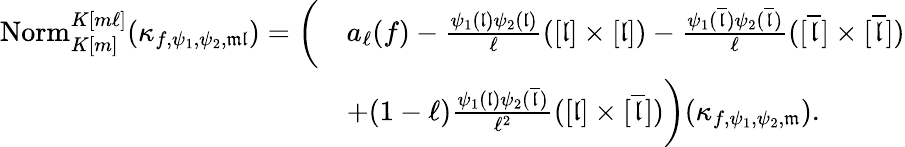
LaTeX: \begin{array}{rl}{\mathrm{Norm}_{K[m]}^{K[m\ell]}({\kappa}_{f,\psi_{1},\psi_{2},\mathfrak{m}\mathfrak{l}})=\bigg(}&{a_{\ell}(f)-\frac{\psi_{1}(\mathfrak{l})\psi_{2}(\mathfrak{l})}{\ell}([\mathfrak{l}]\times[\mathfrak{l}])-\frac{\psi_{1}(\overline{{\mathfrak{l}}})\psi_{2}(\overline{{\mathfrak{l}}})}{\ell}([\overline{{\mathfrak{l}}}]\times[\overline{{\mathfrak{l}}}])}\\ &{+(1-\ell)\frac{\psi_{1}(\mathfrak{l})\psi_{2}(\overline{{\mathfrak{l}}})}{\ell^{2}}([\mathfrak{l}]\times[\overline{{\mathfrak{l}}}])\bigg)({\kappa}_{f,\psi_{1},\psi_{2},\mathfrak{m}}).}\end{array}